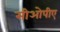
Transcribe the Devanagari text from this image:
सीओपीए